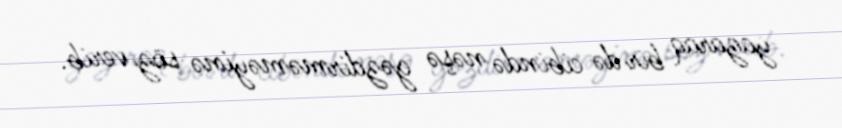
yazaraq bir də cibində nəşə gəzdirməməyinə söz verib.